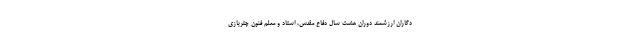
دگاران ارزشمند دوران هشت سال دفاع مقدس، استاد و معلم فنون چتربازی